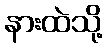
နားထဲသို့